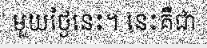
មួយថ្ងៃនេះ។ នេះគឺជា